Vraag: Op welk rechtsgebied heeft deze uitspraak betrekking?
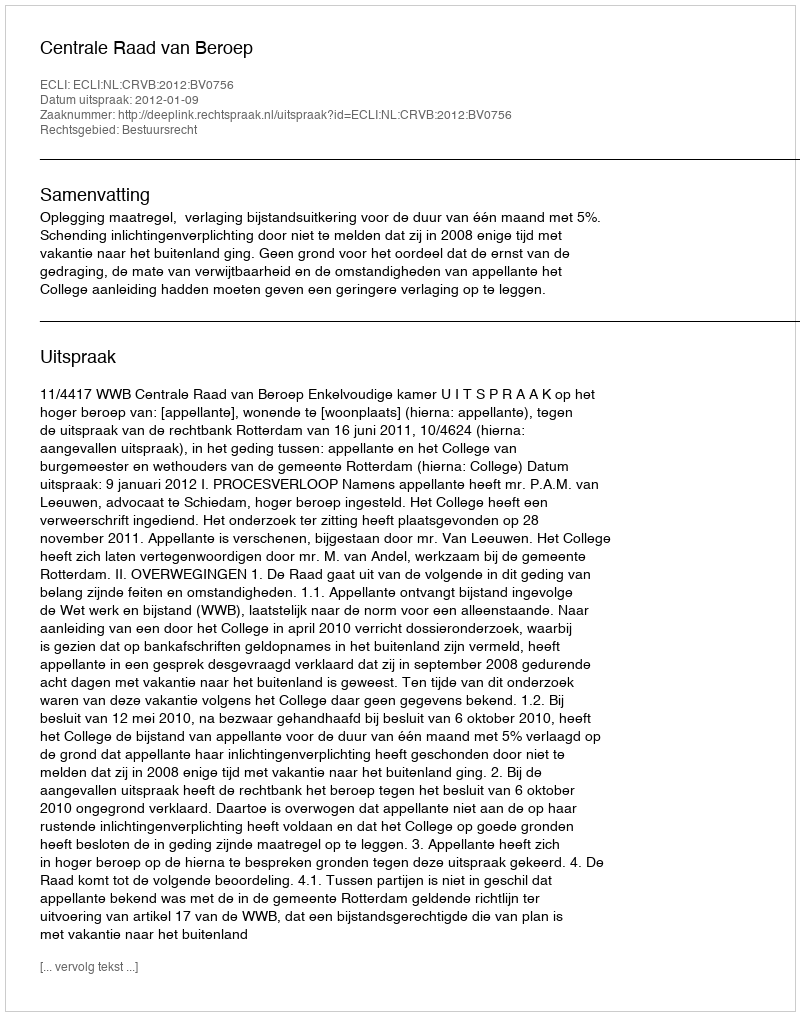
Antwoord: Bestuursrecht